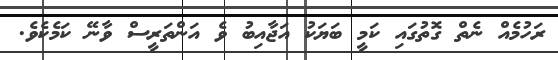
ރަހުމެއް ނެތް ގޮތުގައި ކަމީ ބަޔަކު އަޖާއިބު ވެ އަންތަރީސް ވާނޭ ކަމެކެވެ.